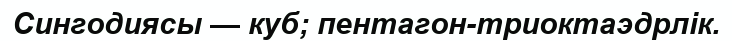
Сингодиясы — куб; пентагон-триоктаэдрлік.